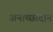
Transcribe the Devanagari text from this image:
अनाच्छादान